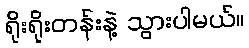
ရိုးရိုးတန်းနဲ့ သွားပါမယ်။